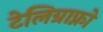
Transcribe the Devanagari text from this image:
टेलिग्राफ्नो